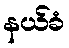
နယ်ခံ